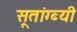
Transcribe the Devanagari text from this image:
सूतांग्ब्यी